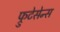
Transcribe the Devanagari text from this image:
फ्रुटेसेन्स